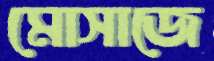
মোসাজে